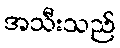
အသီးသည်